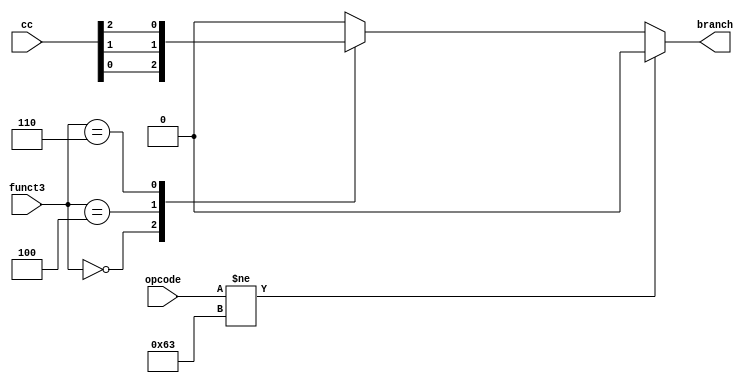
module branch_control(
        input [6:0] opcode,
        input [2:0] cc,
        input [2:0] funct3,
        output reg branch
    );
    parameter B_TYPE = 7'b1100011; // BEQ, BLT, BLTU
    always @(*) begin
        if(opcode != B_TYPE)
            branch = 0;
        else begin
            case(funct3)
                0: branch = cc[0]; // BEQ
                4: branch = cc[1]; // BLT
                6: branch = cc[2];
                default: branch = 0;
            endcase
        end
    end
endmodule